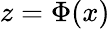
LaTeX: z=\Phi(x)